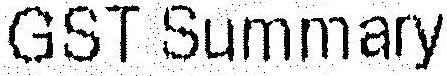
GST SUMMARY